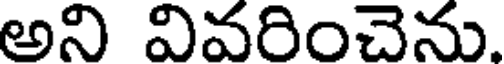
అని వివరించెను.